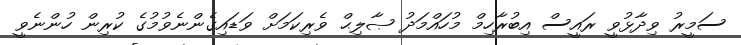
ސަމީރު ވިދާޅުވީ ރައީސް އިބުރާހިމް މުހައްމަދު ޞާލިޙް ވެރިކަމަށް ވަޑައިގެންނެވުމުގެ ކުރިން ހުންނެވީ